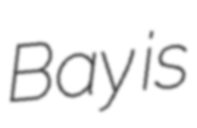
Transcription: Bay is